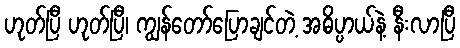
ဟုတ်ပြီ ဟုတ်ပြီ၊ ကျွန်တော်ပြောချင်တဲ့ အဓိပ္ပာယ်နဲ့ နီးလာပြီ